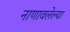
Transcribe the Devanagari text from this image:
नाणावलेल्या